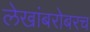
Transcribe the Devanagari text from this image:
लेखांबरोबरच